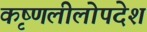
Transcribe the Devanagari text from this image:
कृष्णलीलोपदेश